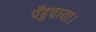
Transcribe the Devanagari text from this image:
पँहुचाया।